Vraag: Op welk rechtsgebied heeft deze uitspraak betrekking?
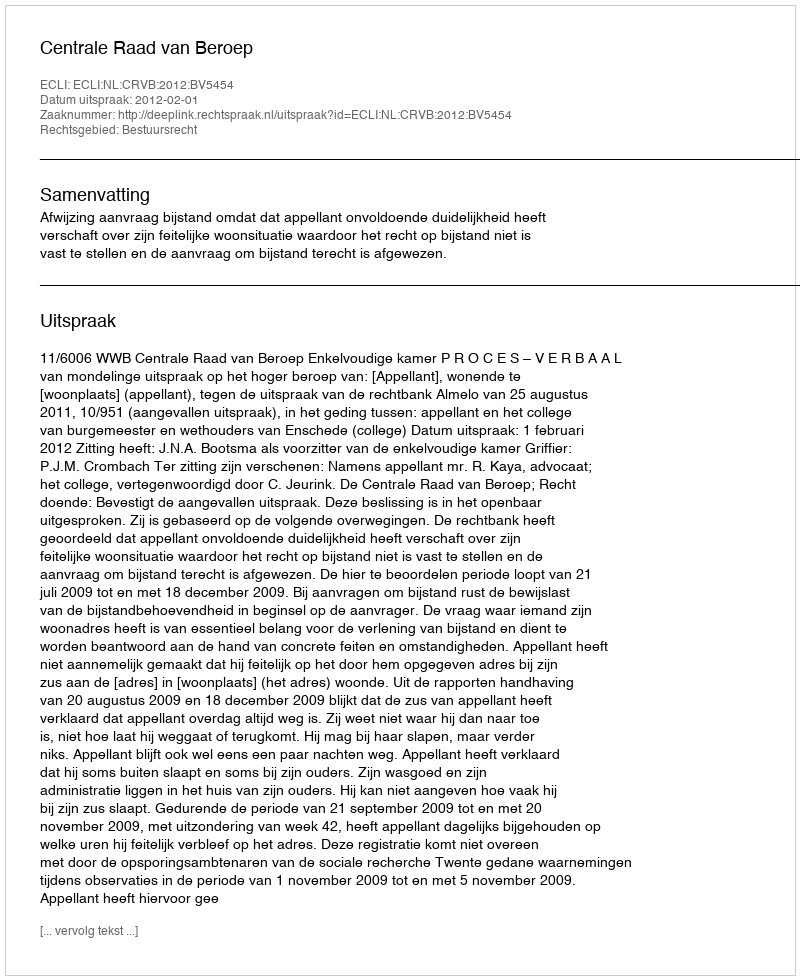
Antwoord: Bestuursrecht